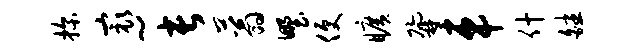
探最~长蓊野便旷鼐车什皤